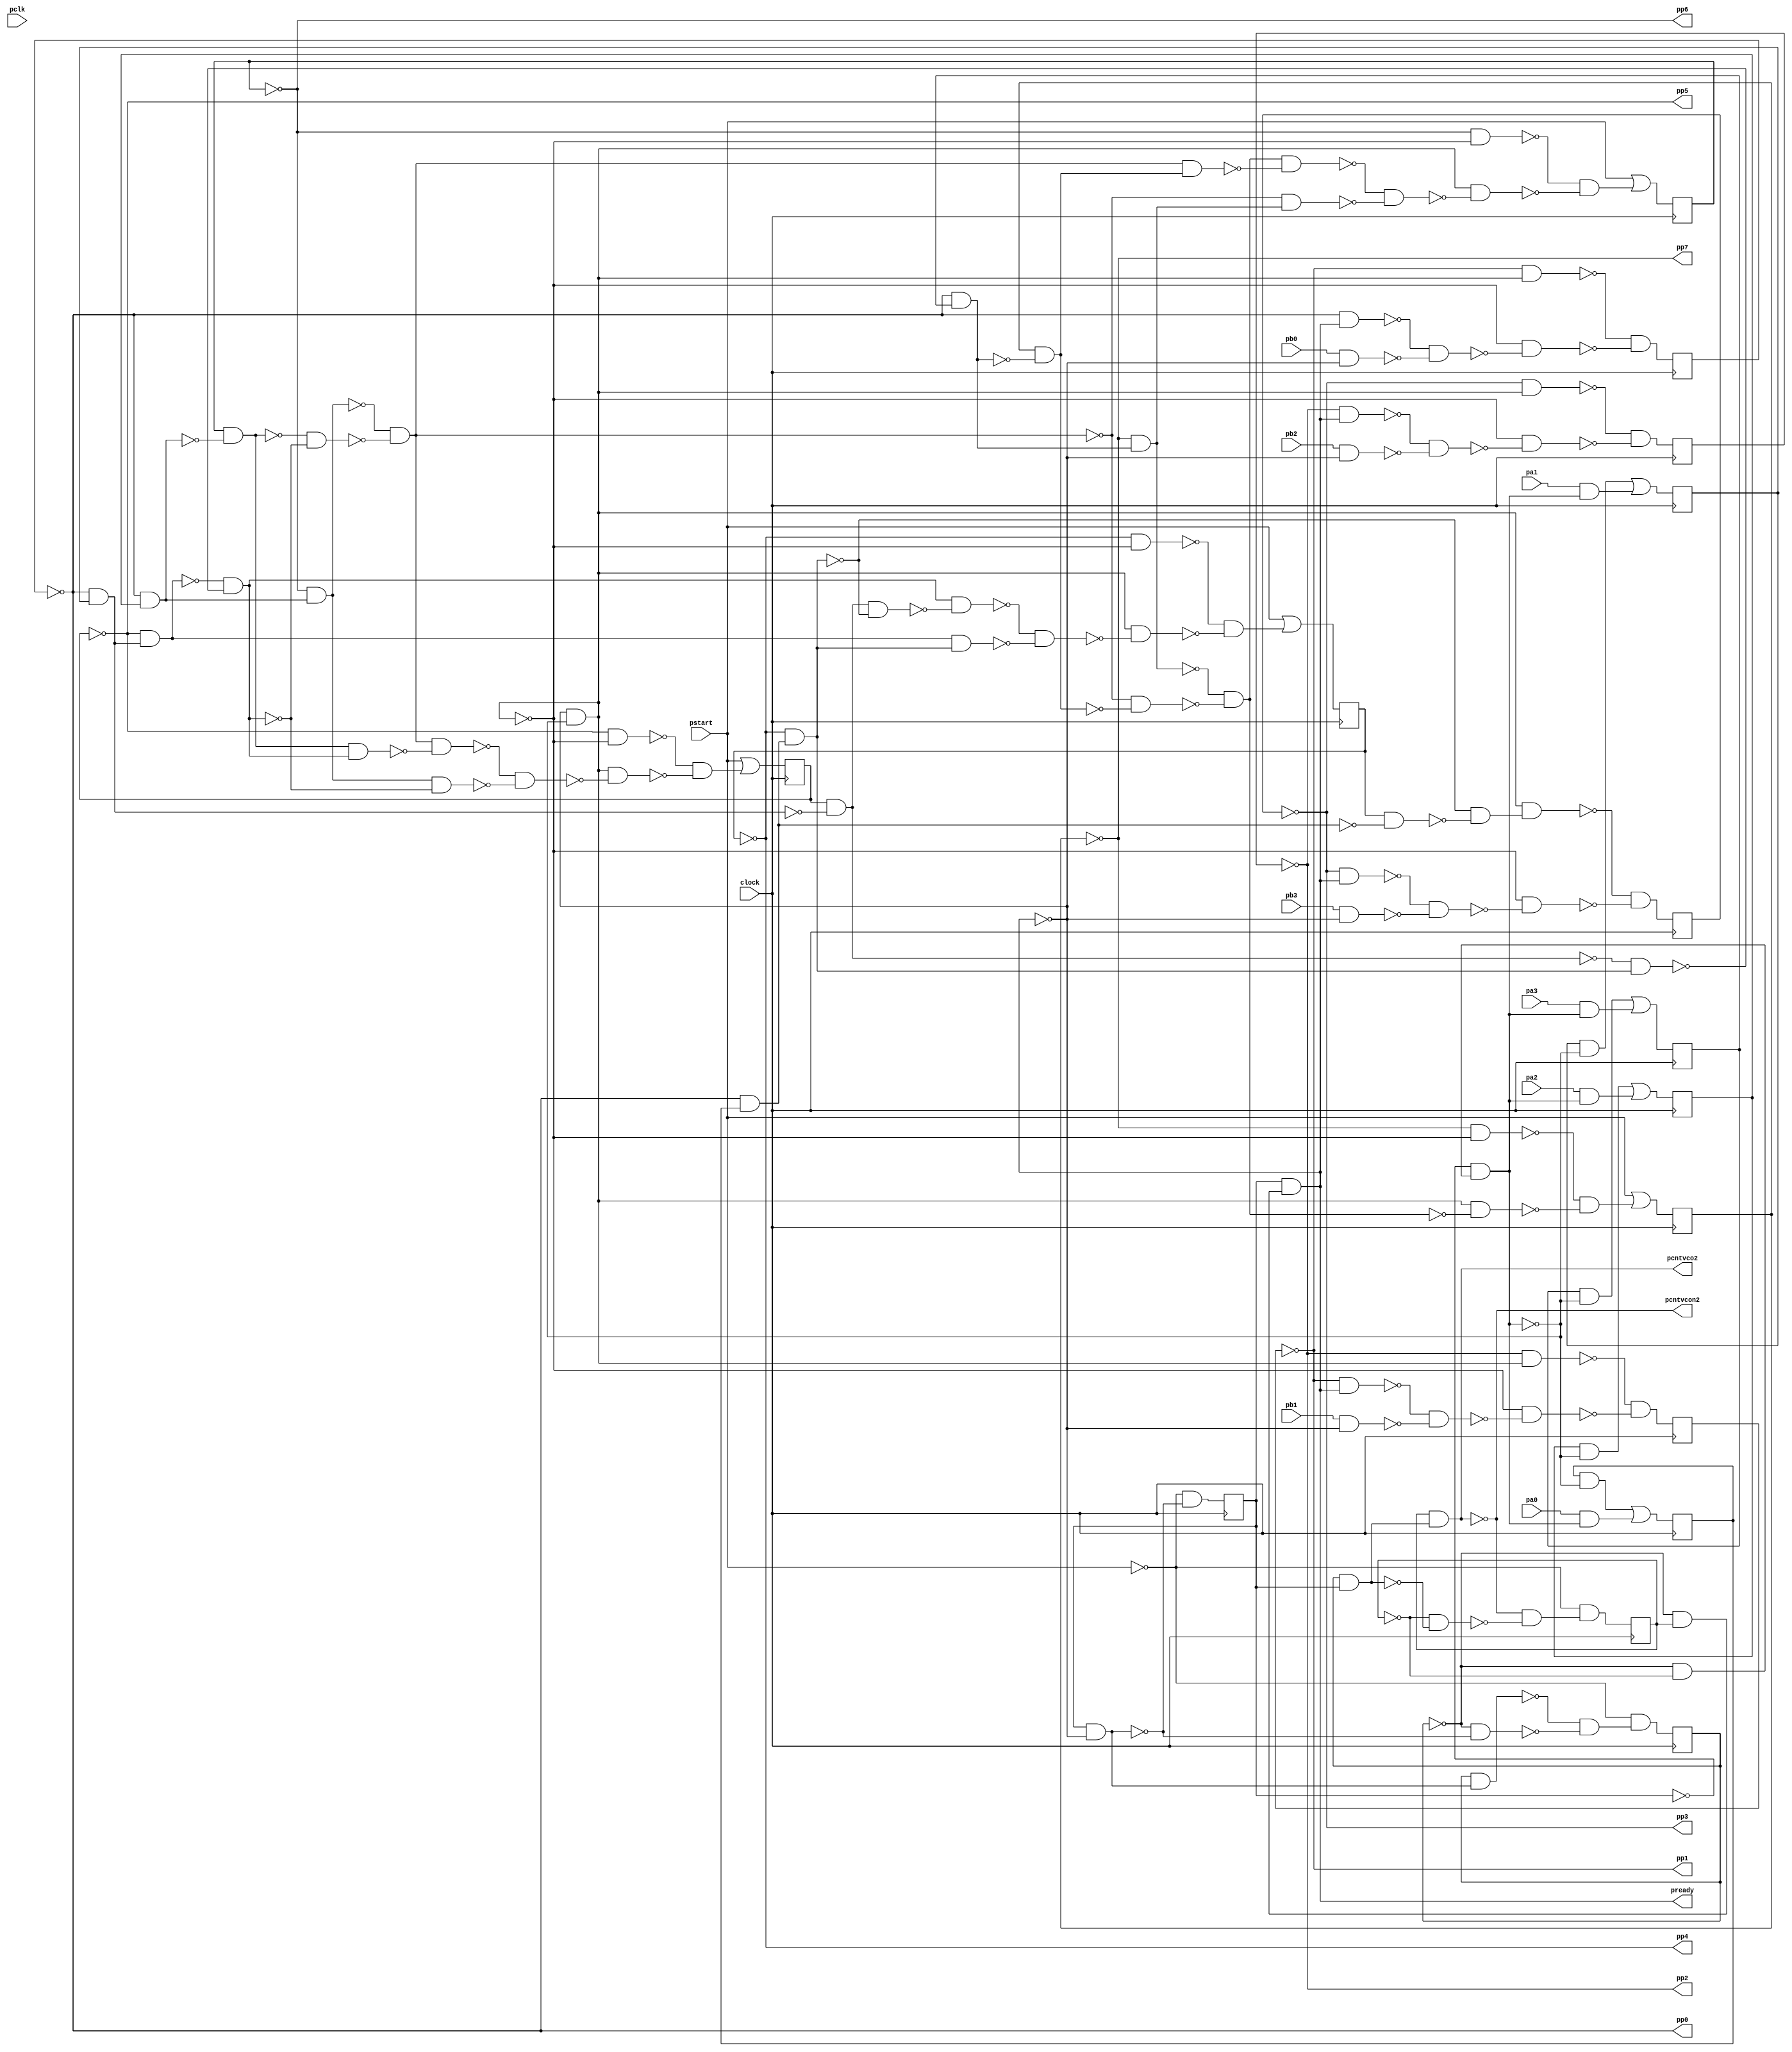
module top ( clock, 
    pa1, pb2, pa0, pb3, pa3, pb0, pa2, pb1, pclk, pstart,
    pcntvcon2, pready, pp0, pp1, pp2, pcntvco2, pp3, pp4, pp5, pp6, pp7  );
  input  clock;
  input  pa1, pb2, pa0, pb3, pa3, pb0, pa2, pb1, pclk, pstart;
  output pcntvcon2, pready, pp0, pp1, pp2, pcntvco2, pp3, pp4, pp5, pp6, pp7;
  reg nmrvqn1, nacvqn1, nacvqn0, nmrvqn3, nmrvqn2, nct1, nct0, nacvqn3,
    nacvqn2, nct2, nmrvqn0, nax3, nax2, nax1, nax0;
  wire new_n67_, new_n69_1_, new_n71_, new_n72_, new_n73_, new_n74_1_,
    new_n75_, new_n76_, new_n77_, new_n78_, new_n80_, new_n81_, new_n82_,
    new_n83_, new_n84_1_, new_n85_, new_n86_, new_n87_, new_n88_,
    new_n89_1_, new_n90_, new_n91_, new_n92_, new_n93_, new_n94_1_,
    new_n95_, new_n96_, new_n97_, new_n98_, new_n100_, new_n101_,
    new_n102_, new_n103_, new_n104_1_, new_n105_, new_n106_, new_n108_,
    new_n109_1_, new_n110_, new_n111_, new_n112_, new_n113_, new_n114_1_,
    new_n116_, new_n117_, new_n118_, new_n119_, new_n120_, new_n122_,
    new_n123_, new_n124_, new_n125_, new_n128_, new_n129_, new_n130_,
    new_n131_, new_n132_, new_n133_, new_n134_, new_n135_, new_n137_,
    new_n138_, new_n139_, new_n140_, new_n141_, new_n142_, new_n143_,
    new_n145_, new_n146_, new_n148_, new_n149_, new_n150_, new_n151_,
    new_n152_, new_n154_, new_n155_, new_n157_, new_n158_, new_n160_,
    new_n161_, new_n163_, new_n164_, n44, n49, n54, n59, n64, n69, n74,
    n79, n84, n89, n94, n99, n104, n109, n114;
  assign new_n67_ = nct1 & nct0;
  assign pcntvco2 = nct2 & new_n67_;
  assign new_n69_1_ = ~nct1 & nct2;
  assign pready = nct0 & new_n69_1_;
  assign new_n71_ = ~nct1 & ~nct2;
  assign new_n72_ = ~nct0 & new_n71_;
  assign new_n73_ = ~pready & ~new_n72_;
  assign new_n74_1_ = ~nmrvqn2 & new_n73_;
  assign new_n75_ = ~nmrvqn1 & pready;
  assign new_n76_ = pb1 & ~pready;
  assign new_n77_ = ~new_n75_ & ~new_n76_;
  assign new_n78_ = ~new_n73_ & ~new_n77_;
  assign n44 = ~new_n74_1_ & ~new_n78_;
  assign new_n80_ = ~nacvqn1 & ~new_n73_;
  assign new_n81_ = ~nmrvqn0 & nax2;
  assign new_n82_ = ~nacvqn2 & new_n81_;
  assign new_n83_ = nacvqn2 & ~new_n81_;
  assign new_n84_1_ = ~nmrvqn0 & nax1;
  assign new_n85_ = ~nacvqn1 & new_n84_1_;
  assign new_n86_ = nacvqn1 & ~new_n84_1_;
  assign new_n87_ = ~nmrvqn0 & nax0;
  assign new_n88_ = ~nacvqn0 & new_n87_;
  assign new_n89_1_ = ~new_n86_ & new_n88_;
  assign new_n90_ = ~new_n85_ & ~new_n89_1_;
  assign new_n91_ = ~new_n83_ & ~new_n90_;
  assign new_n92_ = ~new_n82_ & ~new_n91_;
  assign new_n93_ = new_n83_ & new_n90_;
  assign new_n94_1_ = new_n92_ & ~new_n93_;
  assign new_n95_ = new_n82_ & ~new_n90_;
  assign new_n96_ = ~new_n94_1_ & ~new_n95_;
  assign new_n97_ = new_n73_ & ~new_n96_;
  assign new_n98_ = ~new_n80_ & ~new_n97_;
  assign n49 = pstart | new_n98_;
  assign new_n100_ = ~nacvqn0 & ~new_n73_;
  assign new_n101_ = new_n86_ & ~new_n88_;
  assign new_n102_ = new_n90_ & ~new_n101_;
  assign new_n103_ = new_n85_ & new_n88_;
  assign new_n104_1_ = ~new_n102_ & ~new_n103_;
  assign new_n105_ = new_n73_ & ~new_n104_1_;
  assign new_n106_ = ~new_n100_ & ~new_n105_;
  assign n54 = pstart | new_n106_;
  assign new_n108_ = nacvqn0 & ~new_n87_;
  assign new_n109_1_ = ~new_n88_ & ~new_n108_;
  assign new_n110_ = new_n73_ & new_n109_1_;
  assign new_n111_ = ~nmrvqn3 & pready;
  assign new_n112_ = pb3 & ~pready;
  assign new_n113_ = ~new_n111_ & ~new_n112_;
  assign new_n114_1_ = ~new_n73_ & ~new_n113_;
  assign n59 = ~new_n110_ & ~new_n114_1_;
  assign new_n116_ = ~nmrvqn3 & new_n73_;
  assign new_n117_ = ~nmrvqn2 & pready;
  assign new_n118_ = pb2 & ~pready;
  assign new_n119_ = ~new_n117_ & ~new_n118_;
  assign new_n120_ = ~new_n73_ & ~new_n119_;
  assign n64 = ~new_n116_ & ~new_n120_;
  assign new_n122_ = nct0 & ~pready;
  assign new_n123_ = nct1 & new_n122_;
  assign new_n124_ = ~nct1 & ~new_n122_;
  assign new_n125_ = ~new_n123_ & ~new_n124_;
  assign n69 = ~pstart & new_n125_;
  assign n74 = ~pstart & ~new_n122_;
  assign new_n128_ = ~nacvqn3 & ~new_n73_;
  assign new_n129_ = ~nmrvqn0 & nax3;
  assign new_n130_ = ~nacvqn3 & new_n129_;
  assign new_n131_ = nacvqn3 & ~new_n129_;
  assign new_n132_ = ~new_n92_ & ~new_n131_;
  assign new_n133_ = ~new_n130_ & ~new_n132_;
  assign new_n134_ = new_n73_ & ~new_n133_;
  assign new_n135_ = ~new_n128_ & ~new_n134_;
  assign n79 = pstart | new_n135_;
  assign new_n137_ = ~nacvqn2 & ~new_n73_;
  assign new_n138_ = new_n92_ & new_n131_;
  assign new_n139_ = new_n133_ & ~new_n138_;
  assign new_n140_ = ~new_n92_ & new_n130_;
  assign new_n141_ = ~new_n139_ & ~new_n140_;
  assign new_n142_ = new_n73_ & ~new_n141_;
  assign new_n143_ = ~new_n137_ & ~new_n142_;
  assign n84 = pstart | new_n143_;
  assign new_n145_ = ~nct2 & ~new_n67_;
  assign new_n146_ = ~pcntvco2 & ~new_n145_;
  assign n89 = ~pstart & new_n146_;
  assign new_n148_ = ~nmrvqn1 & new_n73_;
  assign new_n149_ = ~nmrvqn0 & pready;
  assign new_n150_ = pb0 & ~pready;
  assign new_n151_ = ~new_n149_ & ~new_n150_;
  assign new_n152_ = ~new_n73_ & ~new_n151_;
  assign n94 = ~new_n148_ & ~new_n152_;
  assign new_n154_ = nax3 & ~new_n72_;
  assign new_n155_ = pa3 & new_n72_;
  assign n99 = new_n154_ | new_n155_;
  assign new_n157_ = nax2 & ~new_n72_;
  assign new_n158_ = pa2 & new_n72_;
  assign n104 = new_n157_ | new_n158_;
  assign new_n160_ = nax1 & ~new_n72_;
  assign new_n161_ = pa1 & new_n72_;
  assign n109 = new_n160_ | new_n161_;
  assign new_n163_ = nax0 & ~new_n72_;
  assign new_n164_ = pa0 & new_n72_;
  assign n114 = new_n163_ | new_n164_;
  assign pcntvcon2 = ~pcntvco2;
  assign pp0 = ~nmrvqn0;
  assign pp1 = ~nmrvqn1;
  assign pp2 = ~nmrvqn2;
  assign pp3 = ~nmrvqn3;
  assign pp4 = ~nacvqn0;
  assign pp5 = ~nacvqn1;
  assign pp6 = ~nacvqn2;
  assign pp7 = ~nacvqn3;
  always @ (posedge clock) begin
    nmrvqn1 <= n44;
    nacvqn1 <= n49;
    nacvqn0 <= n54;
    nmrvqn3 <= n59;
    nmrvqn2 <= n64;
    nct1 <= n69;
    nct0 <= n74;
    nacvqn3 <= n79;
    nacvqn2 <= n84;
    nct2 <= n89;
    nmrvqn0 <= n94;
    nax3 <= n99;
    nax2 <= n104;
    nax1 <= n109;
    nax0 <= n114;
  end
endmodule